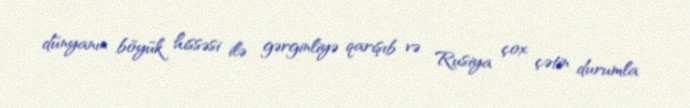
dünyanın böyük hissəsi ilə gərginliyə qarışıb və Rusiya çox çətin durumla